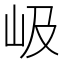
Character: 岋